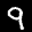
Label: 9